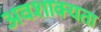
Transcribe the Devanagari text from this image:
अवशाक्यता